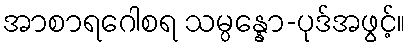
အာစာရဂေါစရ သမ္ပန္နော-ပုဒ်အဖွင့်။